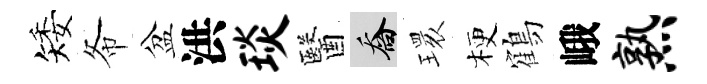
矮𢁙盆洪琰醫喬𤨔梗鶴峨熟